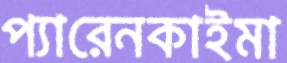
প্যারেনকাইমা